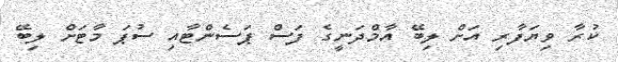
ކުރާ ވިޔަފާރި އަށް ލިބޭ އާމްދަނީގެ ފަސް ޕަސެންޓާއި ސުޕަ މާޓަށް ލިބޭ